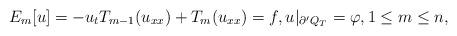
LaTeX: \begin{align*}E_m[u]=-u_tT_{m-1}(u_{xx})+T_m(u_{xx})=f,u\arrowvert_{\partial^{\prime}Q_T}=\varphi, 1\le m\le n, \end{align*}